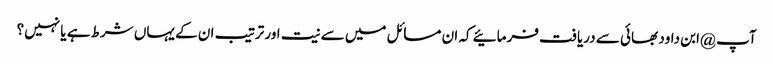
آپ @ابن داود بھائی سے دریافت فرمائیے کہ ان مسائل میں سے نیت اور ترتیب ان کے یہاں شرط ہے یا نہیں؟